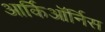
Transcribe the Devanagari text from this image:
आर्किऑर्निस